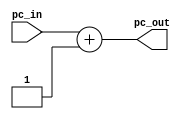
`timescale 1ns / 1ps
//////////////////////////////////////////////////////////////////////////////////
// Course: CSE 401 
// Name: Bryant Aparicio & Riley Sherwood
// Module Name: incr
// Project Name: Labratory 1

// Description: The PC Incrementor will receive a value from the program counter 
// and simply increment it by a value of 1 and send it to the MUX and the IF_ID latch.

//////////////////////////////////////////////////////////////////////////////////


module incr(
    output wire [31:0] pc_out,  //Output of incremented module
    input wire [31:0] pc_in     //Input from pc_module
    );
    
    assign pc_out = pc_in + 1;  //Increment input by value of 1

endmodule